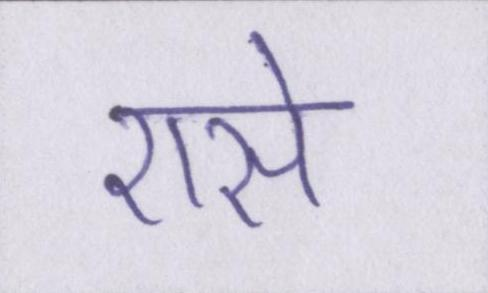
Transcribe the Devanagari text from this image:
एसे